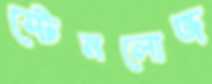
স্টেনলোজ